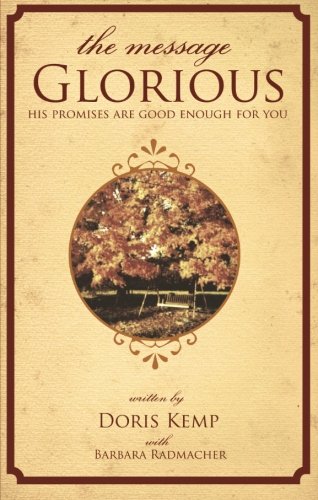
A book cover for The Message Glorious; Doris Kemp With Barbara Radmacher; Health, Fitness & Dieting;